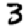
Digit: 3